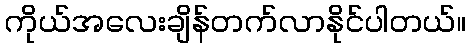
ကိုယ်အလေးချိန်တက်လာနိုင်ပါတယ်။